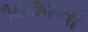
૧૮૭૨ની